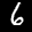
Label: 6